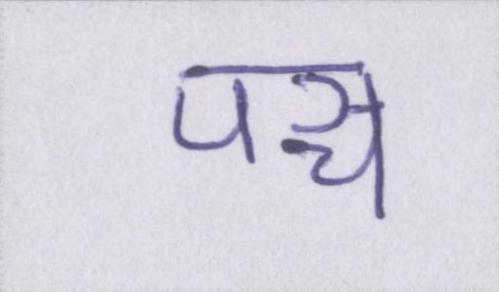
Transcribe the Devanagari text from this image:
पञ्च